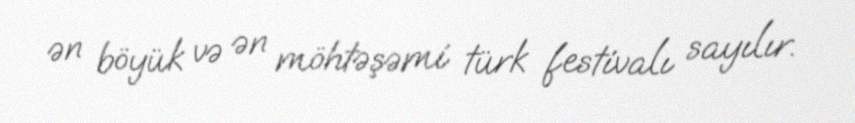
ən böyük və ən möhtəşəmi türk festivalı sayılır.